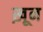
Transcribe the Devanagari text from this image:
ख़़ून